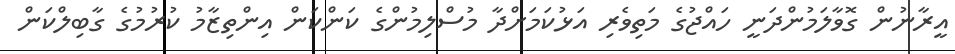
އީރާނުން ގޮވާލަމުންދަނީ ހައްޖުގެ މަތިވެރި އަޅުކަމަށްދާ މުސްލިމުންގެ ކަންކަން އިންތިޒާމު ކުރުމުގެ ގާބިލްކަން